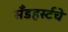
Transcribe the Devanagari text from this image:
सँडहर्स्टचे